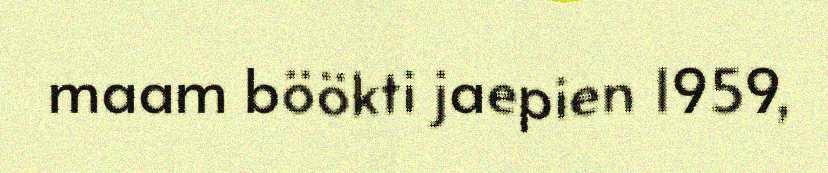
maam böökti jaepien 1959,